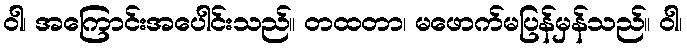
ဝါ၊ အကြောင်းအပေါင်းသည်။ တထတာ၊ မဖောက်မပြန်မှန်သည်။ ဝါ၊